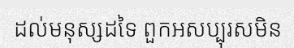
ដល់មនុស្សដទៃ ពួកអសប្បុរសមិន